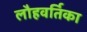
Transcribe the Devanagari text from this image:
लौहवर्तिका